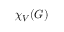
\chi _ { V } ( G )